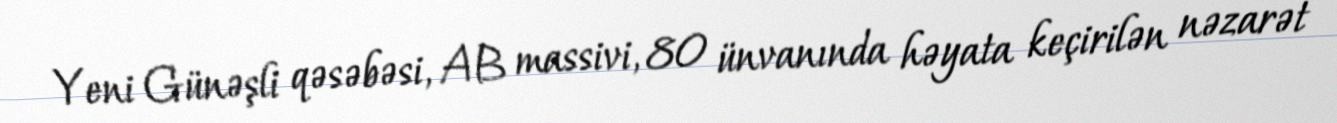
Yeni Günəşli qəsəbəsi, AB massivi, 80 ünvanında həyata keçirilən nəzarət